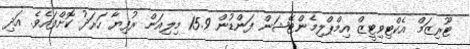
ޓޫރިޒަމް އެކްޓިވިޓީޒް އިމްޕްލިމެންޓޭޝަން ފަންޑުން 15.9 މިލިއަން ރުފިޔާ ހަރަދު ކޮށްފައެވެ. އަދި